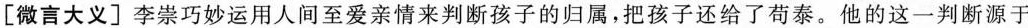
[微言大义]李崇巧妙运用人间至爱亲情来判断孩子的归属，把孩子还给了苟泰。他的这一判断源于